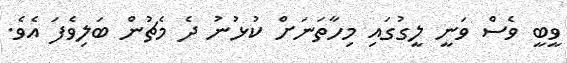
ވީބީ ވެސް ވަނީ ލީގުގައި މިހާތަނަށް ކުޅުނު ދެ މެޗުން ބަލިވެފަ އެވެ.